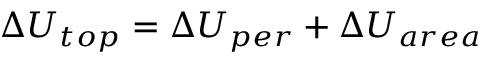
\Delta U _ { t o p } = \Delta U _ { p e r } + \Delta U _ { a r e a }